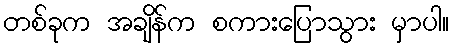
တစ်ခုက အချိန်က စကားပြောသွား မှာပါ။